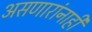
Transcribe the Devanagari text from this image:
असणारांनाही